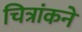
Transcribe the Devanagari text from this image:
चित्रांकने